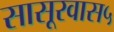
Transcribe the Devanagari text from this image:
सासूरवास५